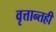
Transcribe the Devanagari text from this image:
वृत्तान्तही